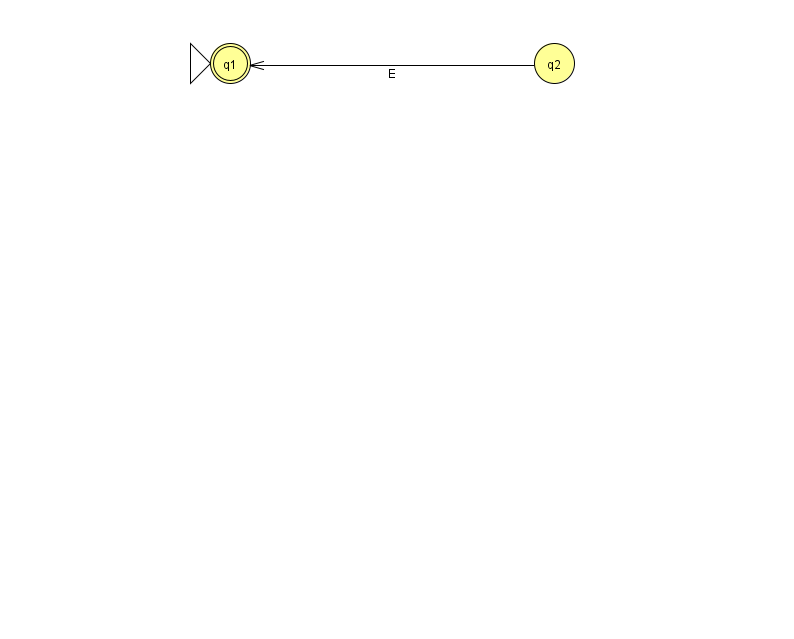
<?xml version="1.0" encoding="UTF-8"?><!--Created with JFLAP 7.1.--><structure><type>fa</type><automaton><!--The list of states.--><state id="1" name="q1"><x>230.0</x><y>50.0</y><initial/><final/></state><state id="2" name="q2"><x>554.0</x><y>50.0</y></state><!--The list of transitions.--><transition><from>2</from><to>1</to><read>E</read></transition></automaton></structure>